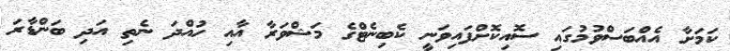
ކަމަށާ އެއްބަސްވުމުގައި ސޮއިކޮށްފައިވަނީ ކެބިނެޓްގެ މަޝްވަރާ އާއި ހުއްދަ ނެތި އަދި ބަންޑާރަ